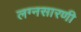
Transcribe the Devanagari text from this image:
लग्नसारणी